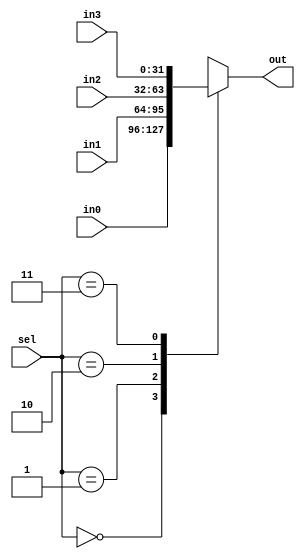
module mux4_1 (input [31:0] in0,in1,in2,in3, input [1:0] sel, output reg [31:0] out);
    always @(*) begin
        case (sel)
            2'b00: out = in0;
            2'b01: out = in1;
            2'b10: out = in2;
            2'b11: out = in3;
            default: out=32'bx;
        endcase
    end
endmodule